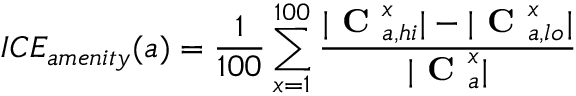
I C E _ { a m e n i t y } ( a ) = \frac { 1 } { 1 0 0 } \sum _ { x = 1 } ^ { 1 0 0 } \frac { | \textbf { C } _ { a , h i } ^ { x } | - | \textbf { C } _ { a , l o } ^ { x } | } { | \textbf { C } _ { a } ^ { x } | }